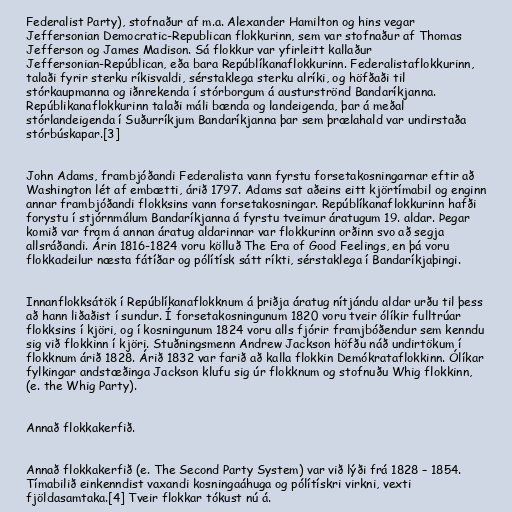
Federalist Party), stofnaður af m.a. Alexander Hamilton og hins vegar
Jeffersonian Democratic-Republican flokkurinn, sem var stofnaður af Thomas
Jefferson og James Madison. Sá flokkur var yfirleitt kallaður
Jeffersonian-Repúblican, eða bara Repúblíkanaflokkurinn. Federalistaflokkurinn,
talaði fyrir sterku ríkisvaldi, sérstaklega sterku alríki, og höfðaði til
stórkaupmanna og iðnrekenda í stórborgum á austurströnd Bandaríkjanna.
Repúblikanaflokkurinn talaði máli bænda og landeigenda, þar á meðal
stórlandeigenda í Suðurríkjum Bandaríkjanna þar sem þrælahald var undirstaða
stórbúskapar.[3]

John Adams, frambjóðandi Federalista vann fyrstu forsetakosningarnar eftir að
Washington lét af embætti, árið 1797. Adams sat aðeins eitt kjörtímabil og enginn
annar frambjóðandi flokksins vann forsetakosningar. Repúblíkanaflokkurinn hafði
forystu í stjórnmálum Bandaríkjanna á fyrstu tveimur áratugum 19. aldar. Þegar
komið var fram á annan áratug aldarinnar var flokkurinn orðinn svo að segja
allsráðandi. Árin 1816-1824 voru kölluð The Era of Good Feelings, en þá voru
flokkadeilur næsta fátíðar og pólítísk sátt ríkti, sérstaklega í Bandaríkjaþingi.

Innanflokksátök í Repúblíkanaflokknum á þriðja áratug nítjándu aldar urðu til þess
að hann liðaðist í sundur. Í forsetakosningunum 1820 voru tveir ólíkir fulltrúar
flokksins í kjöri, og í kosningunum 1824 voru alls fjórir framjbóðendur sem kenndu
sig við flokkinn í kjöri. Stuðningsmenn Andrew Jackson höfðu náð undirtökum í
flokknum árið 1828. Árið 1832 var farið að kalla flokkin Demókrataflokkinn. Ólíkar
fylkingar andstæðinga Jackson klufu sig úr flokknum og stofnuðu Whig flokkinn,
(e. the Whig Party).

Annað flokkakerfið.

Annað flokkakerfið (e. The Second Party System) var við lýði frá 1828 – 1854.
Tímabilið einkenndist vaxandi kosningaáhuga og pólítískri virkni, vexti
fjöldasamtaka.[4] Tveir flokkar tókust nú á.